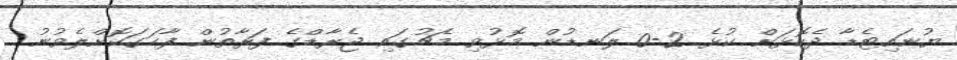
ޔުނައިޓެޑާ ދެކޮޅަށް ކުޅެ 2-0 ލަނޑުން މޮޅުވި މެޗުގައި ޖެރާޑްގެ ފަރާތުން ފާހަގަކޮށްލެވުނު